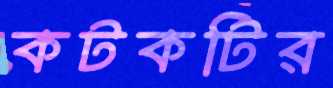
কটকটির